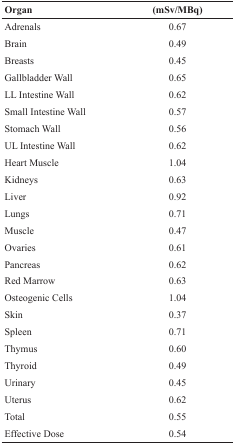
<table><thead><tr><td><b>Organ</b></td><td><b>(mSv/MBq)</b></td></tr></thead><tbody><tr><td>Adrenals</td><td>0.67</td></tr><tr><td>Brain</td><td>0.49</td></tr><tr><td>Breasts</td><td>0.45</td></tr><tr><td>Gallbladder Wall</td><td>0.65</td></tr><tr><td>LL Intestine Wall</td><td>0.62</td></tr><tr><td>Small Intestine Wall</td><td>0.57</td></tr><tr><td>Stomach Wall</td><td>0.56</td></tr><tr><td>UL Intestine Wall</td><td>0.62</td></tr><tr><td>Heart Muscle</td><td>1.04</td></tr><tr><td>Kidneys</td><td>0.63</td></tr><tr><td>Liver</td><td>0.92</td></tr><tr><td>Lungs</td><td>0.71</td></tr><tr><td>Muscle</td><td>0.47</td></tr><tr><td>Ovaries</td><td>0.61</td></tr><tr><td>Pancreas</td><td>0.62</td></tr><tr><td>Red Marrow</td><td>0.63</td></tr><tr><td>Osteogenic Cells</td><td>1.04</td></tr><tr><td>Skin</td><td>0.37</td></tr><tr><td>Spleen</td><td>0.71</td></tr><tr><td>Thymus</td><td>0.60</td></tr><tr><td>Thyroid</td><td>0.49</td></tr><tr><td>Urinary</td><td>0.45</td></tr><tr><td>Uterus</td><td>0.62</td></tr><tr><td>Total</td><td>0.55</td></tr><tr><td>Effective Dose</td><td>0.54</td></tr></tbody></table>